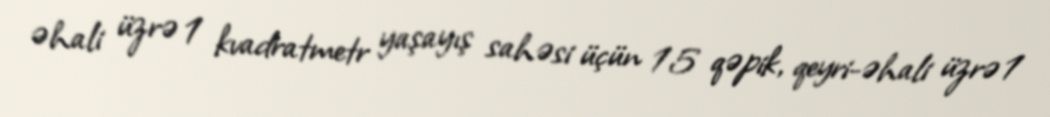
əhali üzrə 1 kvadratmetr yaşayış sahəsi üçün 15 qəpik, qeyri-əhali üzrə 1